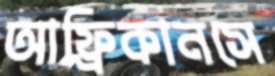
আফ্রিকানসে